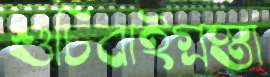
শুচিবাইগ্রস্তা